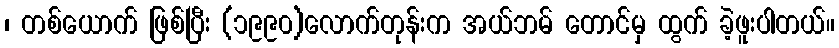
၊ တစ်ယောက် ဖြစ်ပြီး (၁၉၉၀)လောက်တုန်းက အယ်ဘမ် တောင်မှ ထွက် ခဲ့ဖူးပါတယ်။